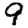
Digit: 9